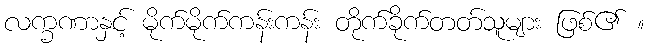
လက္ခဏာနှင့် မိုက်မိုက်ကန်းကန်း တိုက်ခိုက်တတ်သူများ ဖြစ်၏ ။